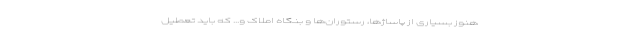
هنوز بسیاری از پاساژها، رستوران‌ها و بنگاه املاک و... که باید تعطیل